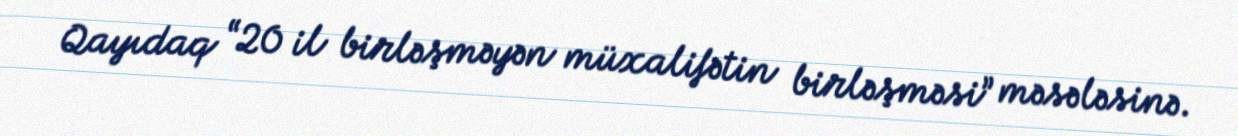
Qayıdaq “20 il birləşməyən müxalifətin birləşməsi” məsələsinə.